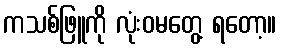
ကသစ်ဖြူကို လုံးဝမတွေ့ ရတော့။